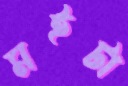
মইটা